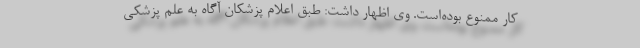
کار ممنوع بوده‌است. وی اظهار داشت: طبق اعلام پزشکان آگاه به علم پزشکی